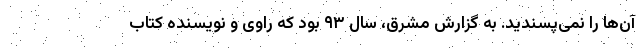
آن‌ها را نمی‌پسندید. به گزارش مشرق، سال ۹۳ بود که راوی و نویسنده کتاب